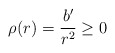
\begin{align*}\rho (r) = \frac{b^{\prime}}{r^{2}} \ge 0\end{align*}